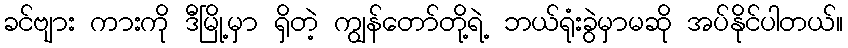
ခင်ဗျား ကားကို ဒီမြို့မှာ ရှိတဲ့ ကျွန်တော်တို့ရဲ့ ဘယ်ရုံးခွဲမှာမဆို အပ်နိုင်ပါတယ်။